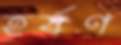
হর্ষণ